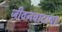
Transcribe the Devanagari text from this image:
जीवनवादाचा